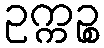
ဥက္ကဉ္စ